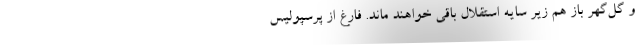
و گل‌گهر باز هم زیر سایه استقلال باقی خواهند ماند. فارغ از پرسپولیس